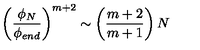
\left( \frac { \phi _ { N } } { \phi _ { e n d } } \right) ^ { m + 2 } \sim \left( \frac { m + 2 } { m + 1 } \right) N